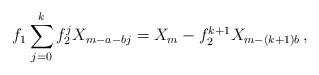
LaTeX: \begin{align*}f_1\sum_{j = 0}^k {f_2^j X_{m - a - b j} } = X_m - f_2^{k + 1} X_{m - (k + 1)b }\,,\end{align*}